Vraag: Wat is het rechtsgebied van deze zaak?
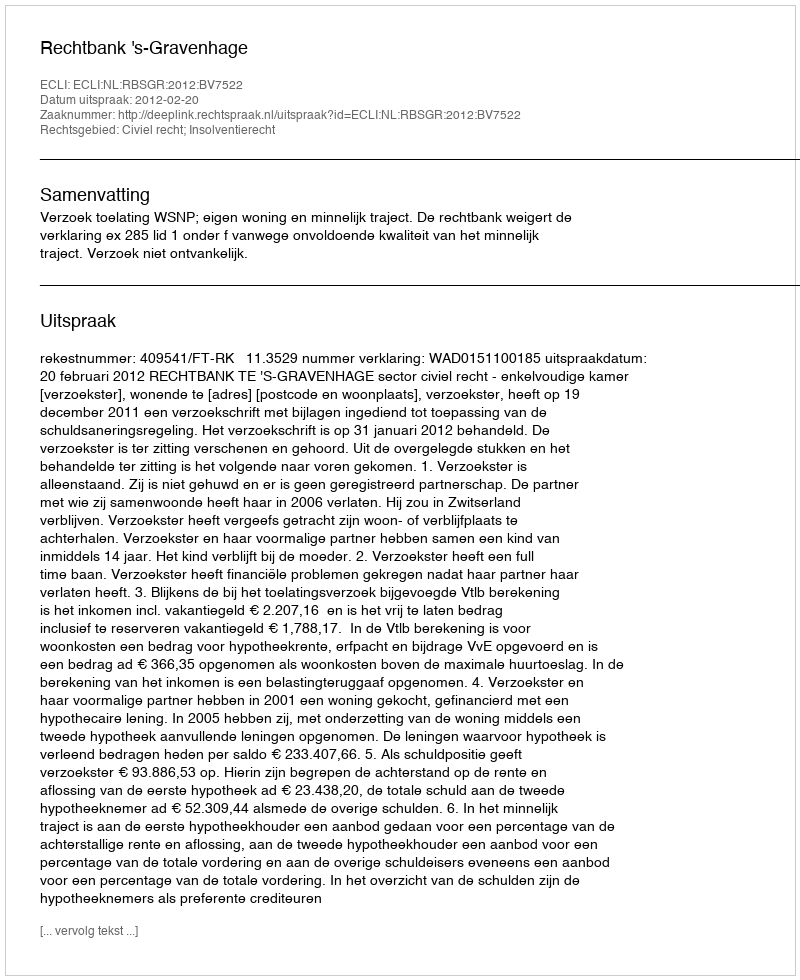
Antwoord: Civiel recht; Insolventierecht